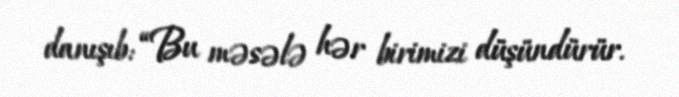
danışıb: “Bu məsələ hər birimizi düşündürür.